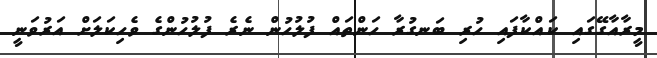
މީރާއާގޭގައި ކައްކާފައި ހުރި ބަނގުރާ ހަންތައް ފުލުހުން ނެރެ ފުލުހުންގެ ވެހިކަލަށް އަރުވަނީ